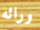
ورائه